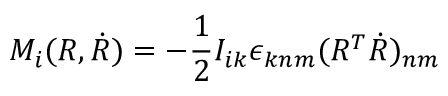
M _ { i } ( R , \dot { R } ) = - \frac 1 2 I _ { i k } \epsilon _ { k n m } ( R ^ { T } \dot { R } ) _ { n m }